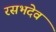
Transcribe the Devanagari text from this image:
रसभदेव